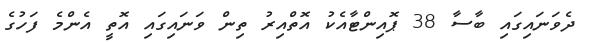
ދެވަނައިގައި ބާސާ 38 ޕޮއިންޓާއެކު އޮތްއިރު ތިން ވަނައިގައި އޮތީ އެންމެ ފަހުގެ